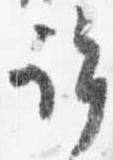
許